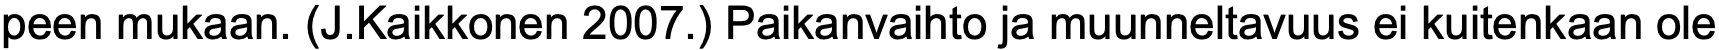
peen mukaan. (J.Kaikkonen 2007.) Paikanvaihto ja muunneltavuus ei kuitenkaan ole